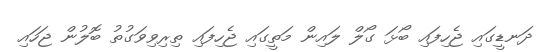
ދަނޑީގައި ޖެހިފައި ބޯޅަ ގޯލް ލައިން މަތީގައި ޖެހިފައި ތިރިވިވަގުތު ބޮލުން ޖަހައި